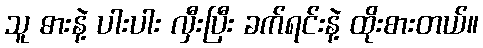
သူ ဓားနဲ့ ပါးပါး လှီးပြီး ခက်ရင်းနဲ့ ထိုးစားတယ်။